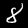
Digit: 8